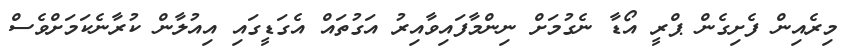
މިރެއިން ފެށިިގެން ޕްރީ އޯޑާ ނެގުމަށް ނިންމާފައިވާއިރު އަގުތައް އެގަޑީގައި އިއުލާން ކުރާނެކަމަށްވެސް